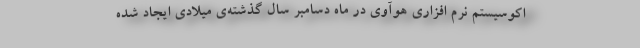
اکوسیستم نرم افزاری هوآوی در ماه دسامبر سال گذشته‌ی میلادی ایجاد شده